Vaccination in the Punjab 1905-1918 - 1905-1918
Year: 1905
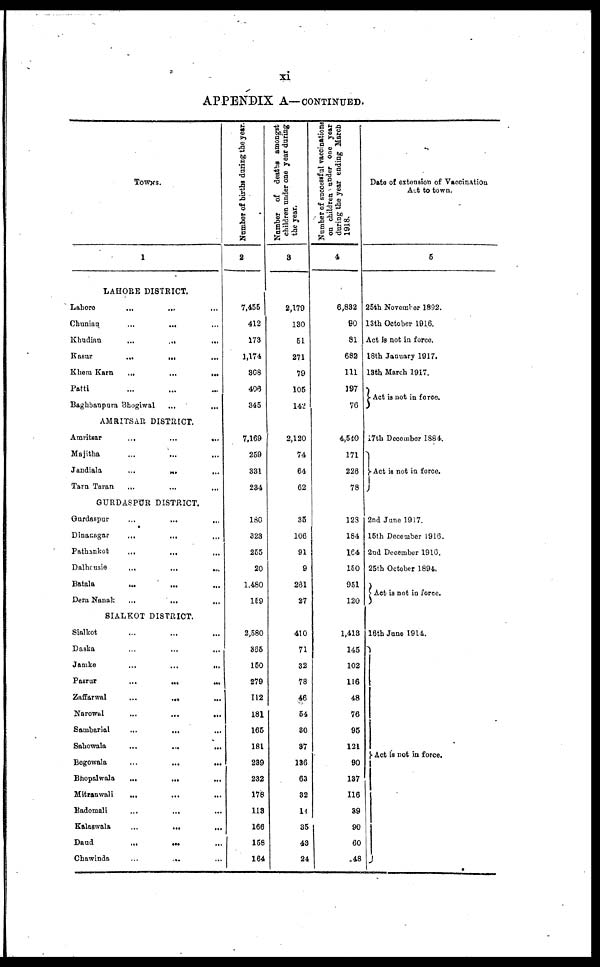
xi
APPENDIX A—CONTINUED.
TOWNS.
1
LAHORE DISTRICT.
Lahore
... ... ...
Chunian
...
... ...
Khudian
...
...
...
Kasur
...
... ...
Khem Karn
...
...
...
Patti ... ... ...
Baghbanpura Bhogiwal
...
...
AMRITSAR DISTRICT.
Amritsar
...
...
...
Majitha
...
...
...
Jandiala
...
...
...
Tarn Taran ... ... ...
GURDASPUR DISTRICT.
Gurdaspur
...
...
...
Dinanagar
...
... ...
Pathankot
...
... ...
Dalhousie
... ...
...
Batala ... ... ...
Dera Nanak
...
...
...
SIALKOT DISTRICT.
Slalkot ... ... ...
Daska ... ... ...
Jamke
...
...
...
Pasrur
...
...
...
Zaffarwal
...
...
...
Narowal
...
...
...
Sambarial
...
...
Sahowala
...
...
...
Begowala
...
...
...
Bhopalwala
...
... ...
Mitranwali
...
...
...
Badomali
...
...
...
Kalaswala
...
...
...
Daud
...
... ...
Chawinda
...
... ...
Number of births during the year.
2
7,455
412
173
1,174
308
406
345
7,169
259
331
234
180
323
255
20
1,480
159
2,580
835
150
279
112
181
165
181
239
232
178
113
166
158
164
Number of deaths amongst
children under one year during
the year.
3
2,179
130
51
271
79
105
142
2,120
74
64
62
35
106
91
9
261
27
410
71
32
78
46
54
80
37
136
63
32
14
35
49
24
Number of successful vaccinations
on children under one year
during the year ending March
1918.
4
6,832
80
81
682
111
197
76
4,540
171
226
78
128
184
164
150
951
120
1,413
145
102
116
48
76
95
121
90
137
116
39
90
60
48
Date of extension of Vaccination
Act to town.
5
25th November 1892.
13th October 1916.
Act is not in force.
18th January 1917.
13th March 1917.
Act is not in force.
17th December 1884.
Act is not in force.
2nd June 1917.
15th December 1916.
2nd December 1916.
25th October 1894.
Act is not in force.
16th June 1914
Act is not in force.